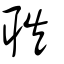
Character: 聅